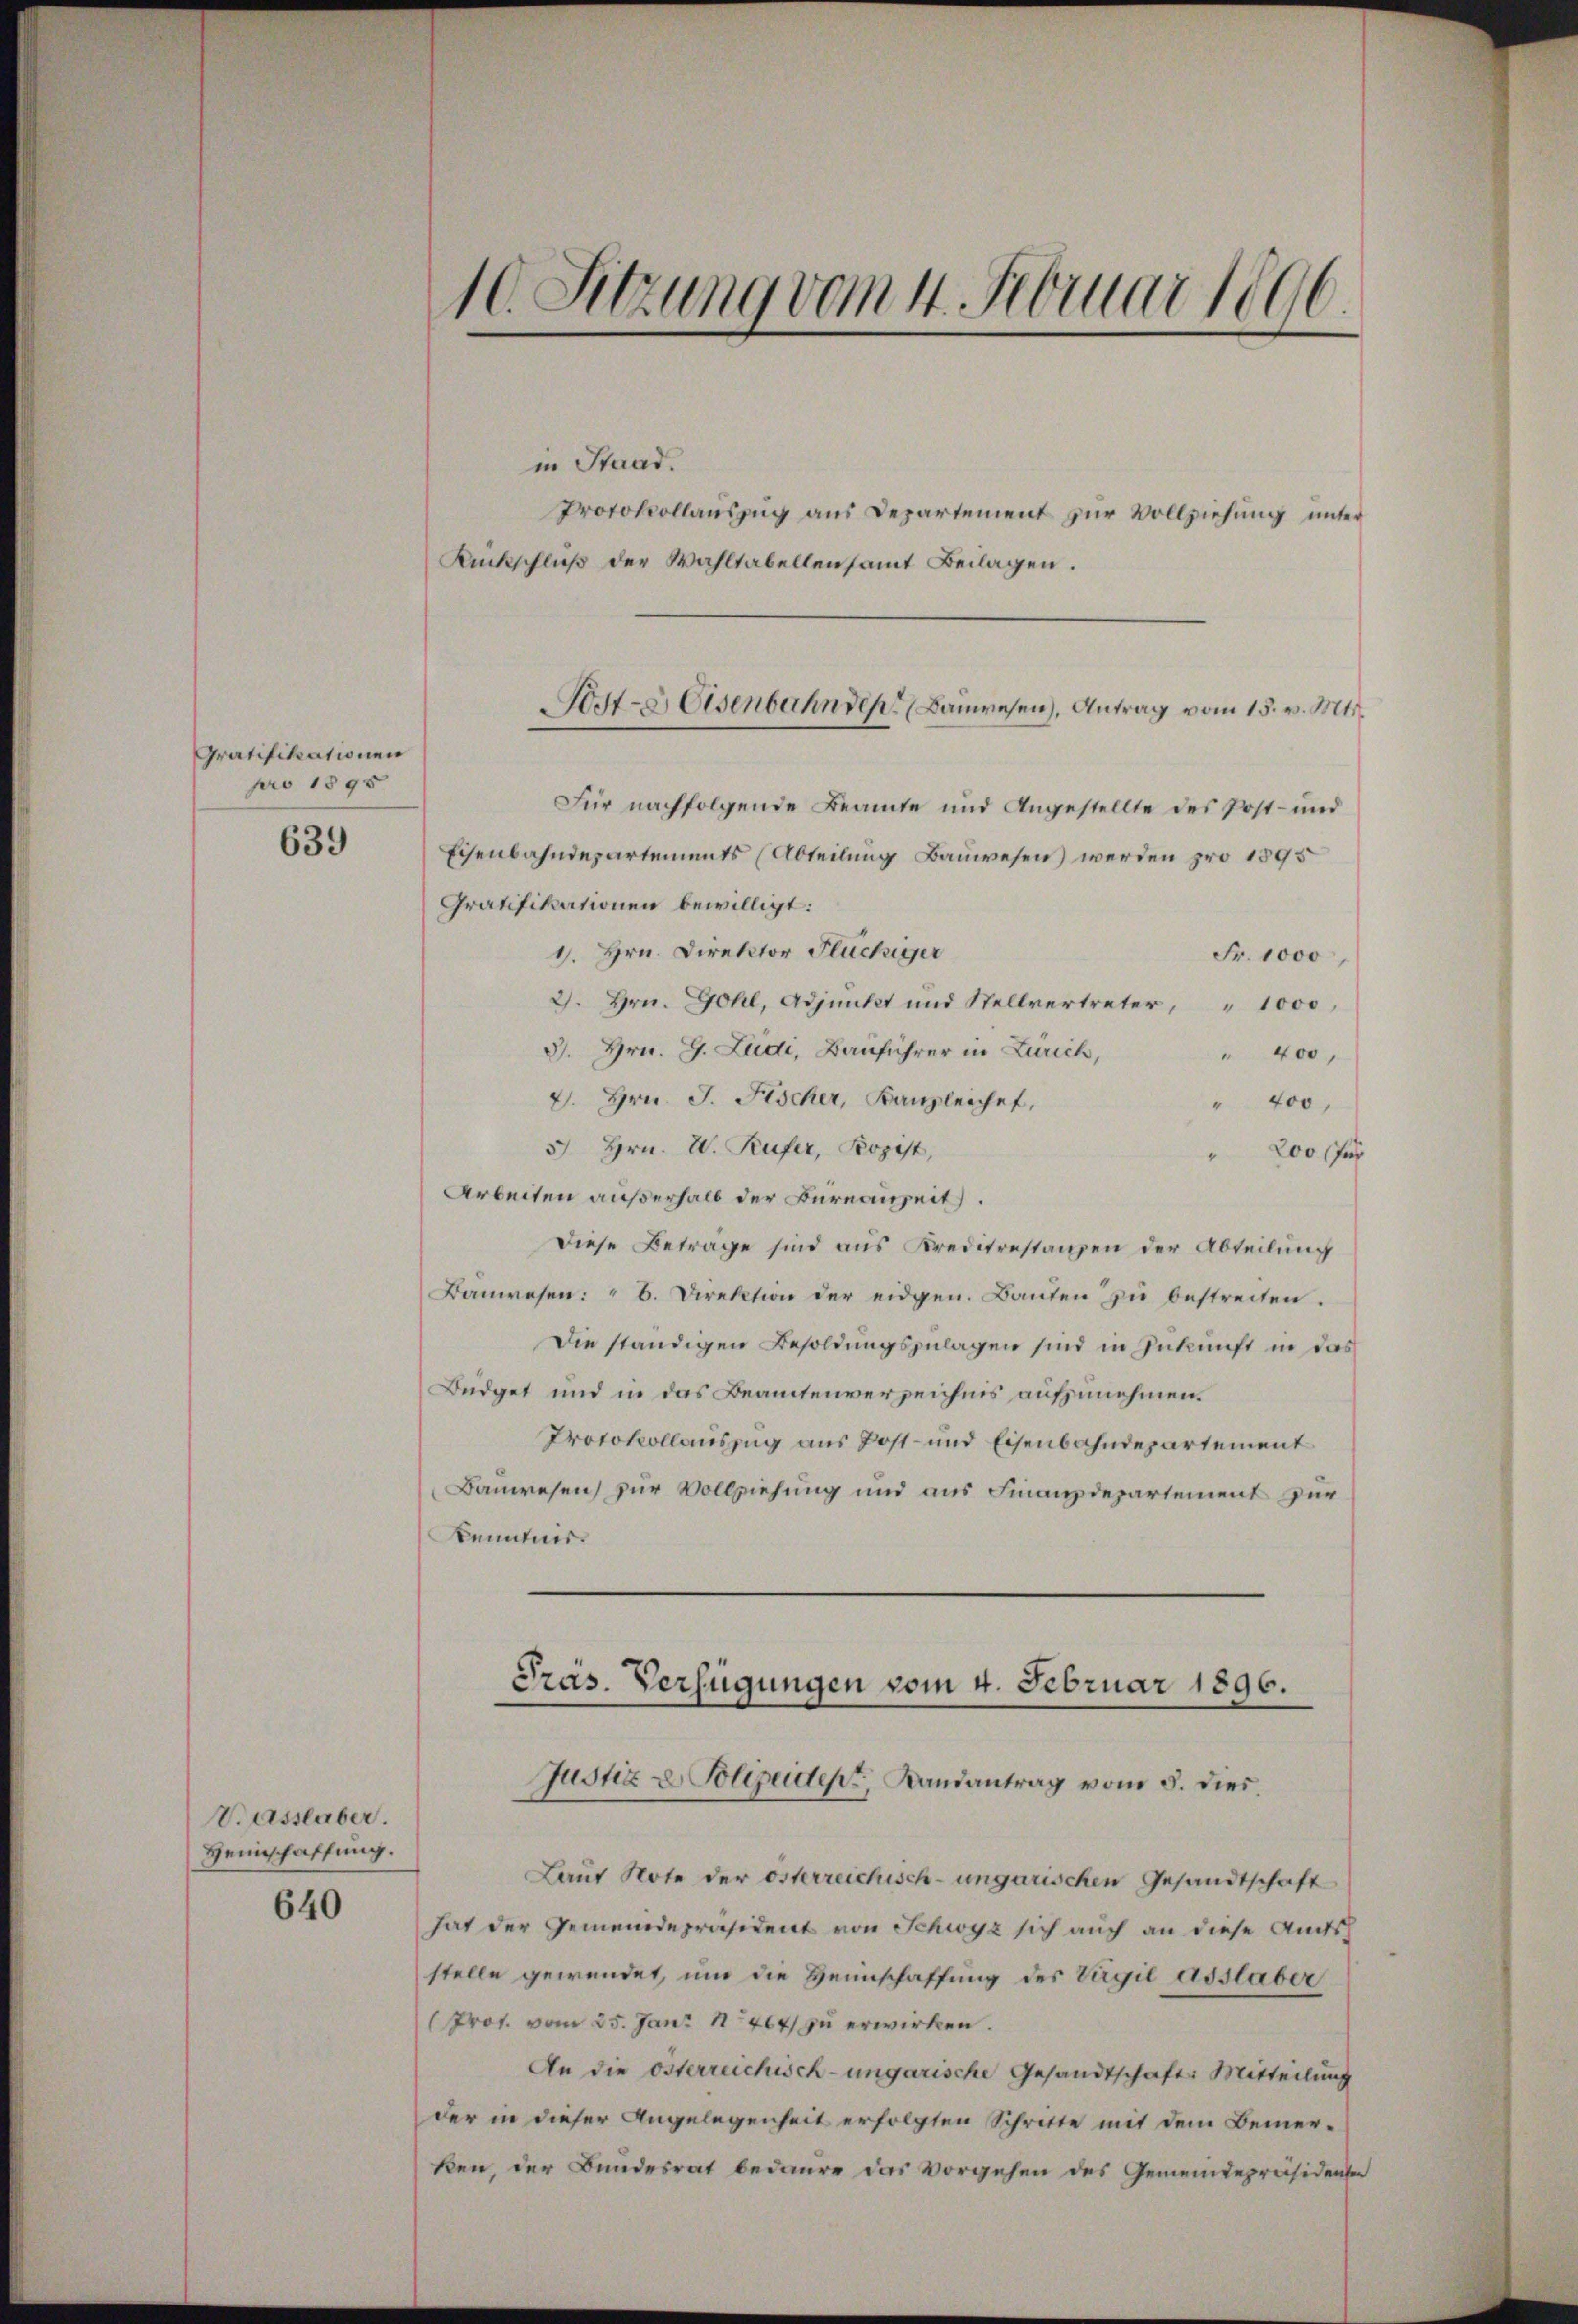
Gratifikationen
pro 1895

639

V.asslaber.
Heimschaffung.

640

in Staad.
Protokollauszug aus Departement zur Vollziehung unter
Rückschluß der Wahltabellensamt Beilagen.
Für nachfolgende Beamte und Angestellte des Post- und
Eisenbahndepartements (Abteilung Bauwesen werden pro 1895
Gratifikationen bewilligt:
1. Hrn. Direktor Flüchiger
Fr. 1000,
2. Hrn. Gohl, Adjunkt und Stellvertreter, " 1000,
3. Hrn. G. Ludi, Bauführer in Zürich,
" 400,
4. Hrn. J. Fischer, Kanzleichet,
" 400,
5 Hrn. V. Rüfer, Kopist,
200 für
Arbeiten außerhalb der Bureauzeit.
Diese Betrage sind aus Kreditrestanzen der Abteilung
Baŭwesen: " 6. Direktion der eidgen. Banten zŭ bestreiten.
Die ständigen Besoldungszulagen sind in Zukunft in das
Büdget und in das Beamtenverzeichnis aufzunehmen.
Protokollauszug aus Post- und Eisenbahndepartement
Bauwesen zur Vollziehung und aus Finanzdepartement zur
Kenntner.

10. Sitzung vom 4. Februar 1896.

Laut Note der österreichisch-ungarischen Gesandtschaft
hat der Gemeindepräsident von Schwyz sich auch an diese Amtsh
stelle gewendet, um die Heimschaffung des Virgil asslaber
(Prot. vom 25. Juni 18464 zu erwirken.
An die österreichisch-ungarische Gesandtschaft: Mitteilung
der in dieser Angelegenheit erfolgten Schritte mit dem Bemerken, der Bundesrat bedaure das Vorgehen des Gemeindepräsidenten

orte Eisenbahn des Bauwesen), Antrag vom 15. v. Mts.

Präs. Verfügungen vom 4. Februar 1896.
Justiz & Polizeident, Landantrag vom 5. dies